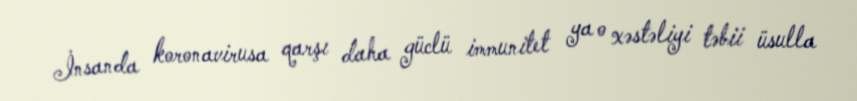
İnsanda koronavirusa qarşı daha güclü immunitet ya o xəstəliyi təbii üsulla